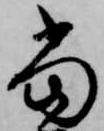
当